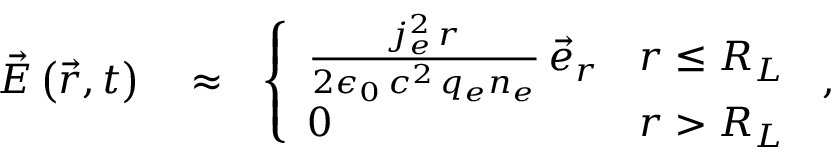
\begin{array} { r l r } { \vec { E } \left( \vec { r } , t \right) } & { { } \approx } & { \left\{ \begin{array} { l l } { \frac { j _ { e } ^ { 2 } \, r } { 2 \epsilon _ { 0 } \, c ^ { 2 } \, q _ { e } n _ { e } } \, \vec { e } _ { r } } & { r \le R _ { L } } \\ { 0 } & { r > R _ { L } } \end{array} \right. \, , } \end{array}